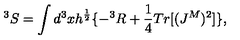
^ 3 S = \int d ^ { 3 } x h ^ { \frac { 1 } { 2 } } \{ - ^ { 3 } R + \frac { 1 } { 4 } T r [ ( J ^ { M } ) ^ { 2 } ] \} ,